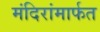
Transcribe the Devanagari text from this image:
मंदिरांमार्फत